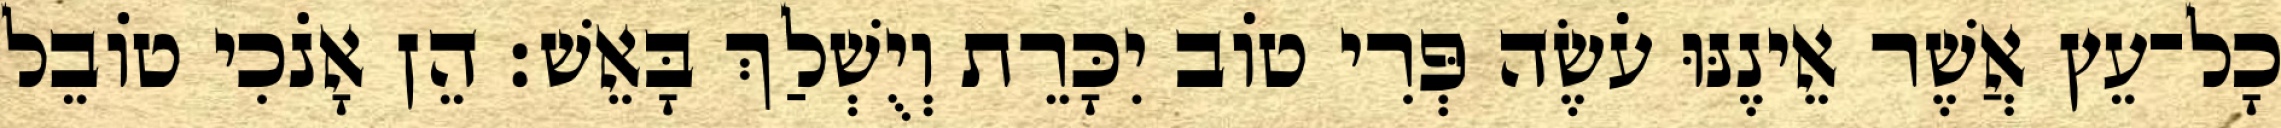
כָל־עֵץ אֲשֶׁר אֵינֶנּוּ עֹשֶׂה פְּרִי טוֹב יִכָּרֵת וְיֻשְׁלַךְ בָּאֵשׁ׃ הֵן אָנֹכִי טוֹבֵל